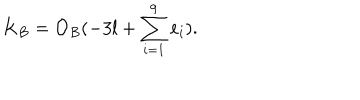
K _ { B } = { \mathcal O } _ { B } ( - 3 l + \sum _ { i = 1 } ^ { 9 } e _ { i } ) .